Civil Veterinary Dept. Bombay admin report 1923-31 - 1923-1931
Year: 1923
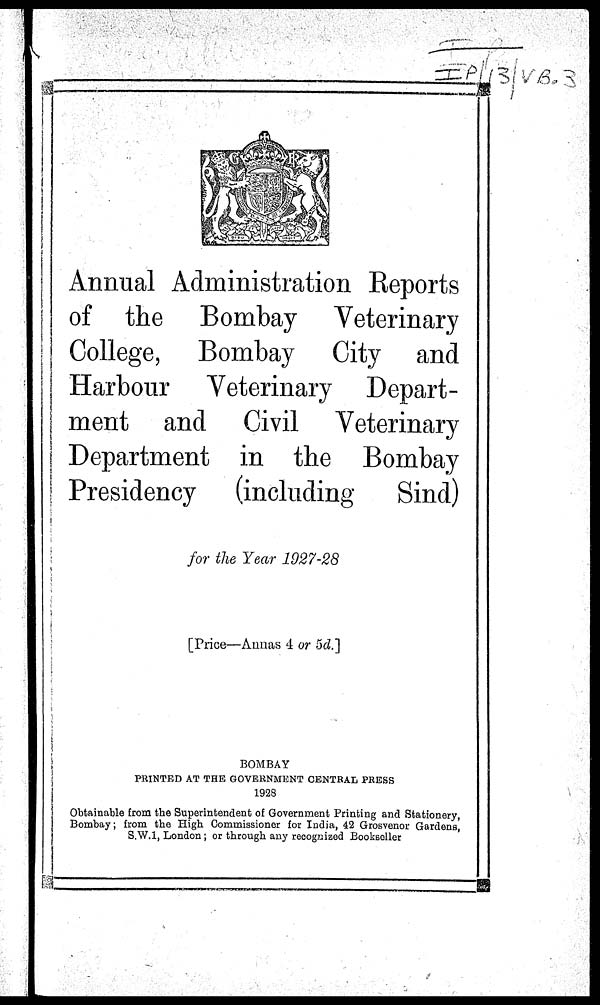
Annual Administration Reports
of the Bombay Veterinary
College, Bombay City and
Harbour Veterinary Depart-
ment and Civil Veterinary
Department in the Bombay
Presidency (including
Sind)
for the Year 1927-28
[Price—Annas 4 or 5d.]
BOMBAY
PRINTED AT THE GOVERNMENT CENTRAL PRESS
1928
Obtainable from the Superintendent of Government Printing and Stationery,
Bombay; from the High Commissioner for India, 42 Grosvenor Gardens,
S.W.1, London; or through any recognized Bookseller